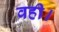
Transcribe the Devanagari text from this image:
वही।